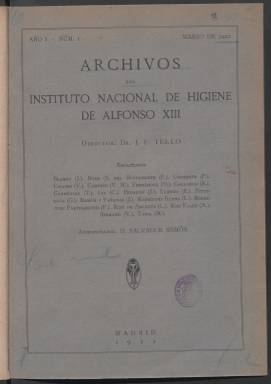
Título: Archivos del Instituto Nacional de Higiene de Alfonso XIII
Colección: Medicina
Ámbito geográfico: Madrid
Lugar de publicación: Madrid
Fechas: 01/03/1922-31/10/1926